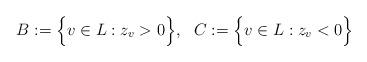
LaTeX: \begin{align*}B:= \Big\{v\in L: z_v > 0\Big\},~~C:= \Big\{v\in L: z_v < 0\Big\}\end{align*}